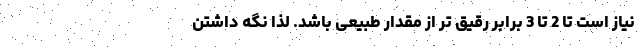
نیاز است تا 2 تا 3 برابر رقیق تر از مقدار طبیعی باشد. لذا نگه داشتن